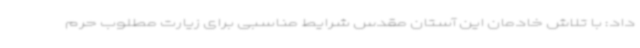
داد: با تلاش خادمان این آستان مقدس شرایط مناسبی برای زیارت مطلوب حرم